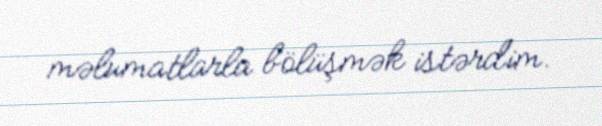
məlumatlarla bölüşmək istərdim.